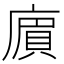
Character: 𢊟